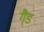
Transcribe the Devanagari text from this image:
गै्ड